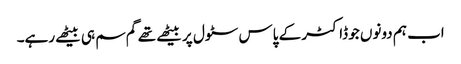
اب ہم دونوں جو ڈاکٹر کے پاس سٹول پر بیٹھے تھے گم سم ہی بیٹھے رہے۔